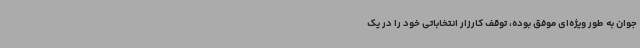
جوان به طور ویژه‌ای موفق بوده، توقف کارزار انتخاباتی خود را در یک